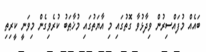
ބައެއް މުފައްސިރުން ވިދާޅުވާ ގޮތުގައި މި އާޔަތުގައި މުޚާޠަބު ކުރެވިގެން މިވަނީ ކީރިތި